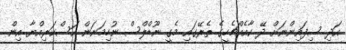
އަދި ސިފައިންނަށް ދޭ ކާއެއްޗެހީގެ ތެރޭގައި މެގީ ނޫޑްލްސް ނުހިމަނަން އަސްކަރިއްޔާ އިން